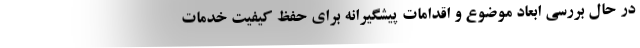
در حال بررسی ابعاد موضوع و اقدامات پیشگیرانه برای حفظ کیفیت خدمات